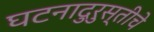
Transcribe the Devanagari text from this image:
घटनादुरुस्तीचे